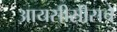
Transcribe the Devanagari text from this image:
आयसीसीसचे